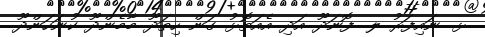
ޅ. ނައިފަރު ލ. ފޮނަދޫ އަދި އެއަތޮޅު ގަން ހިތަދޫ މާމެންދޫ ކުނަހަންދޫ